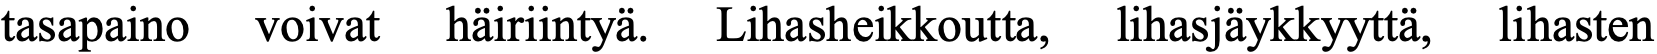
tasapaino voivat häiriintyä. Lihasheikkoutta, lihasjäykkyyttä, lihasten